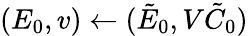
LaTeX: (E_{0},v)\leftarrow(\tilde{E}_{0},V\tilde{C}_{0})